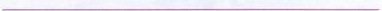
___